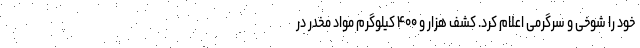
خود را شوخی و سرگرمی اعلام کرد. کشف هزار و ۴۰۰ کیلوگرم مواد مخدر در